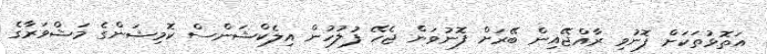
އަތޮޅުތަކަށް ފޮނުވި ރާއްޖޭއިން ބޭރަށް ފޮނުވަން ޖެހޭ ފުލުހުން އިލެކްޝަންސް ކޮމިޝަންގެ މަޝްވަރާގެ